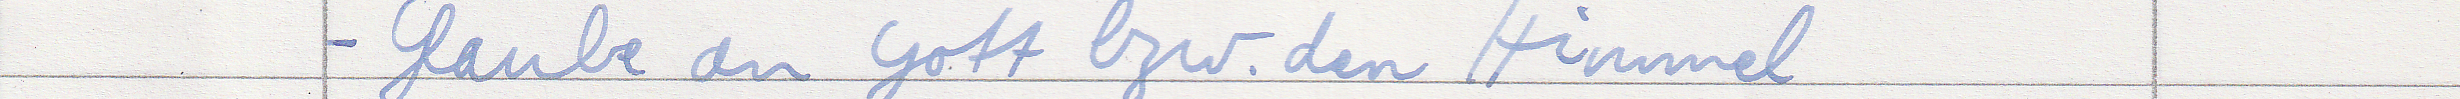
- Glaube an Gott bzw. den Himmel